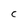
Character: C